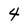
Character: 4